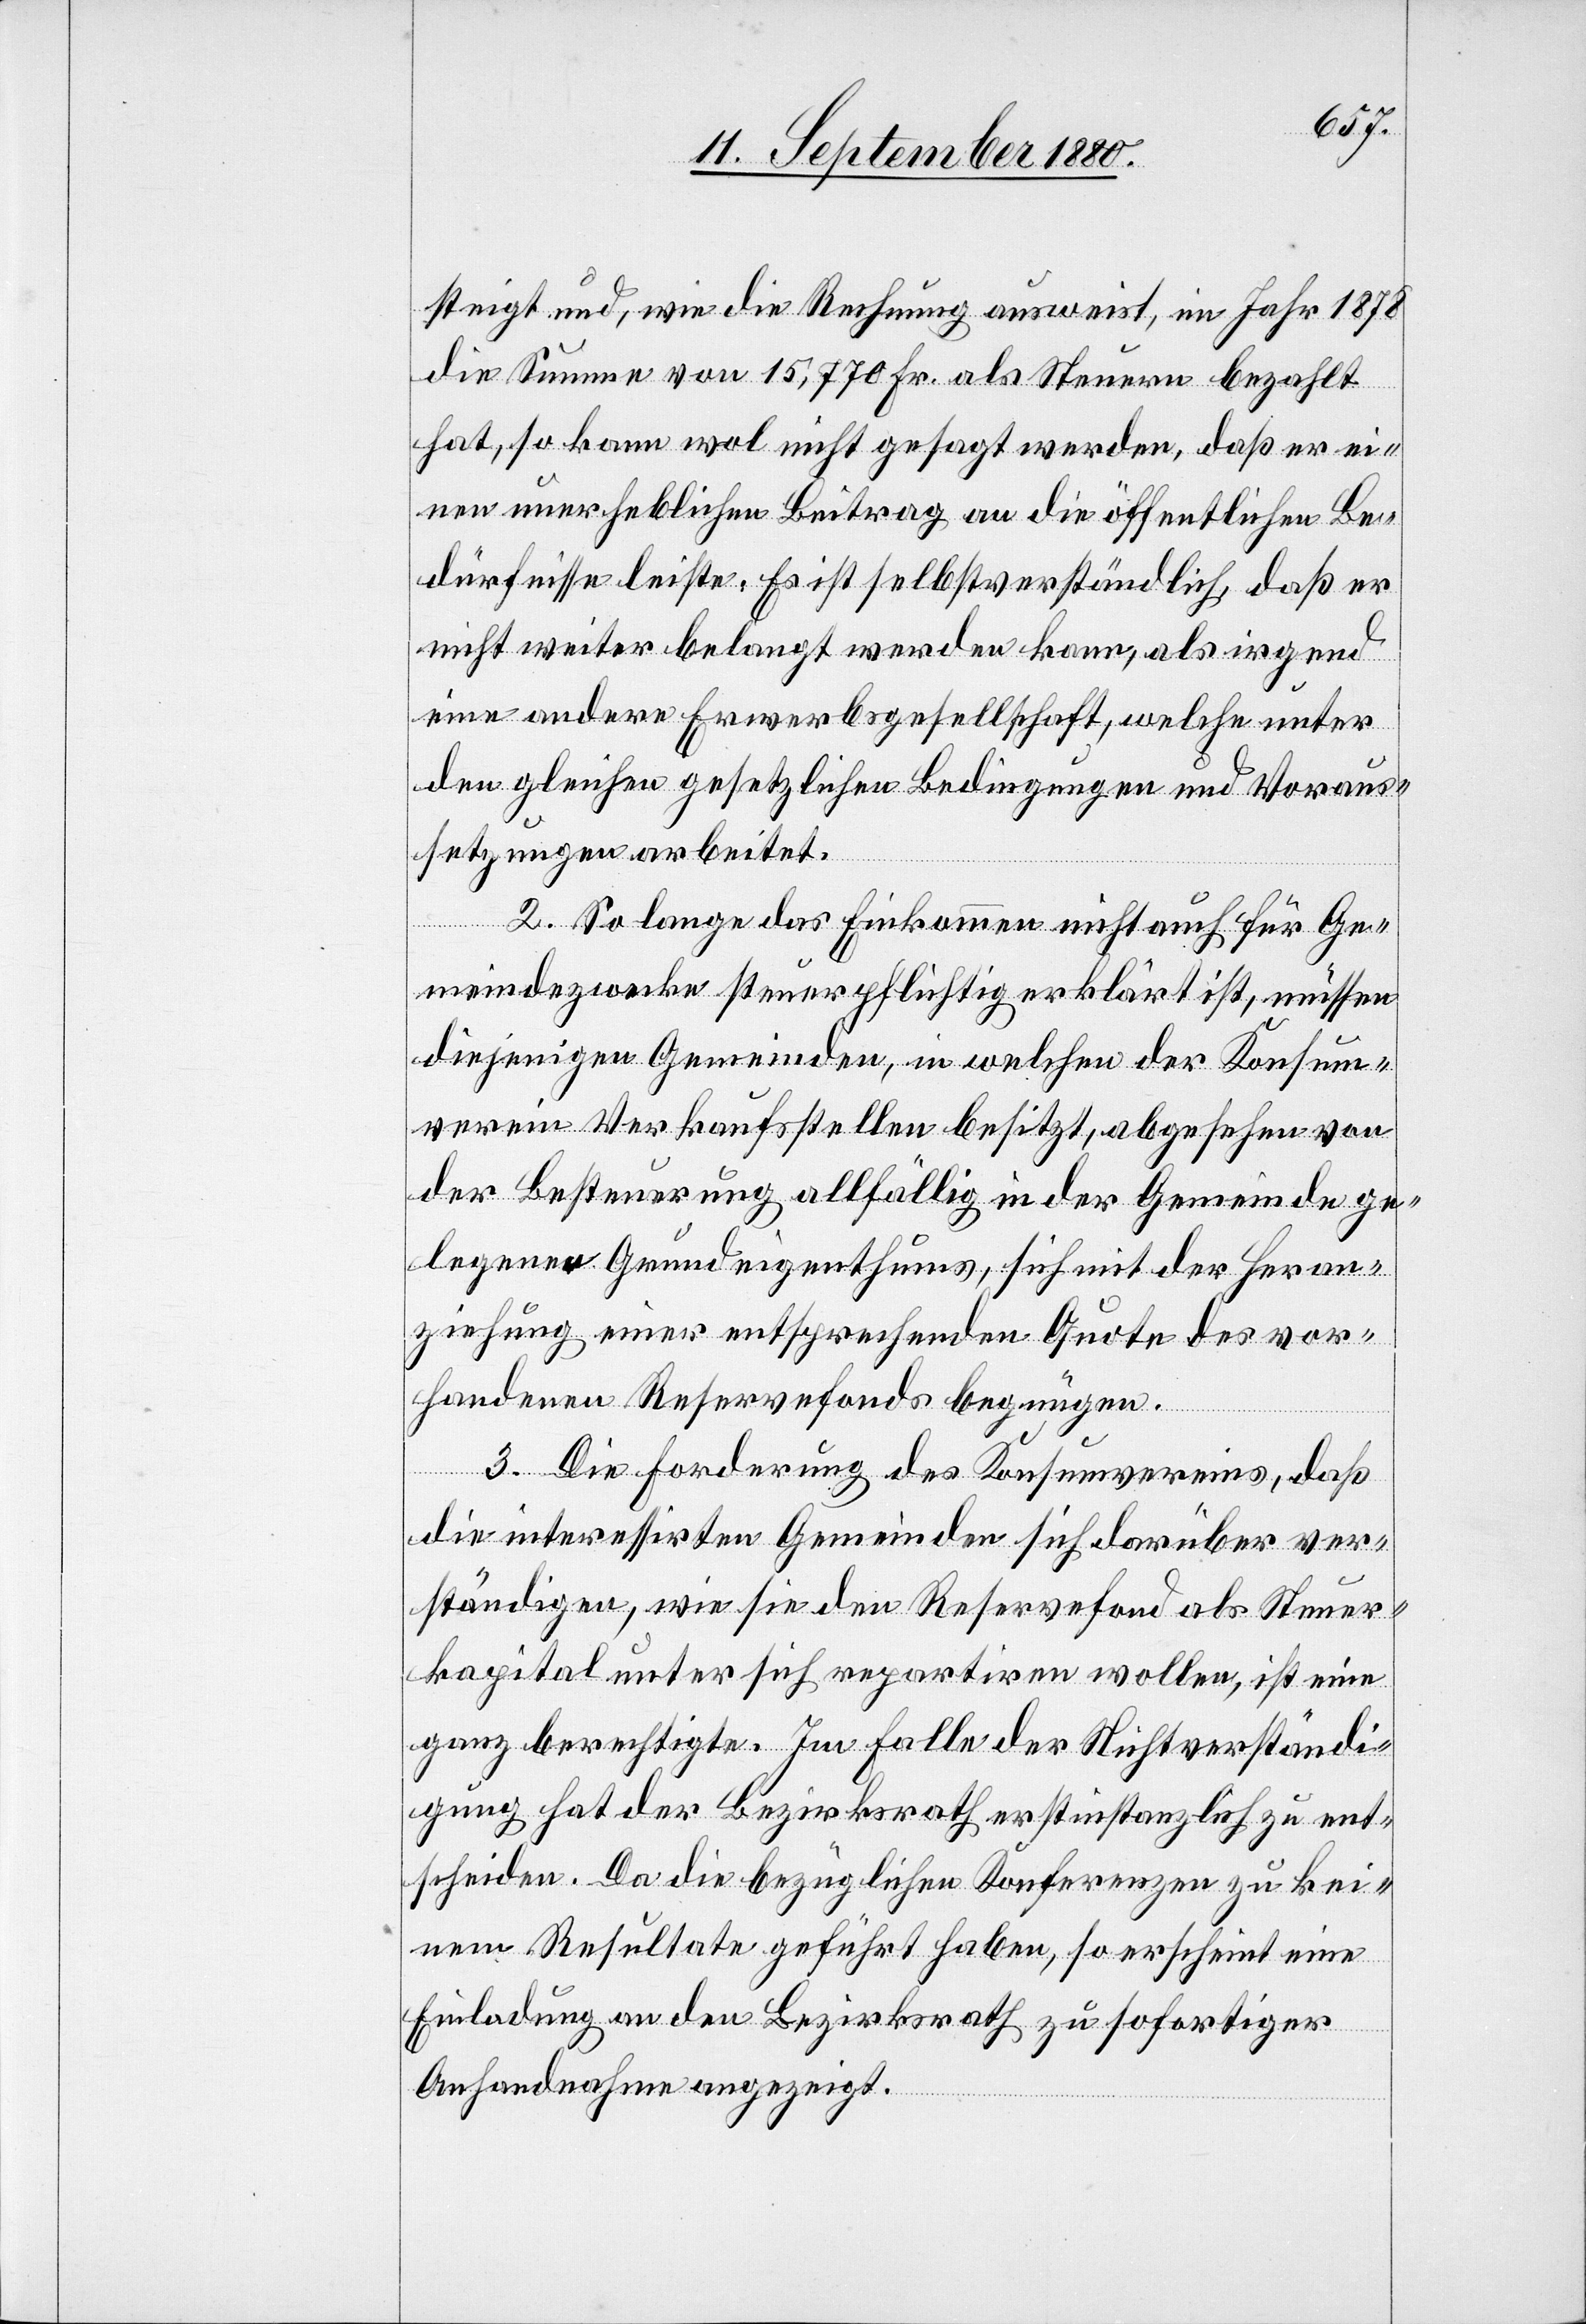
steigt und, wie die Rechnung ausweist, im Jahr 1878
die Summe von 15,770 Fr. als Steuern bezahlt
hat, so kann wol nicht gesagt werden, daß er ei¬
nen unerheblichen Beitrag an die öffentlichen Be¬
dürfnisse leiste. Es ist selbstverständlich, daß er
nicht weiter belangt werden kann, als irgend¬
eine andere Erwerbsgesellschaft, welche unter
den gleichen gesetzlichen Bedingungen und Voraus¬
setzungen arbeitet.
2. So lange das Einkommen nicht auch für Ge¬
meindezwecke steuerpflichtig erklärt ist, müssen
diejenigen Gemeinden, in welchen der Konsum¬
verein Verkaufsstellen besitzt, abgesehen von
der Besteuerung allfällig in der Gemeinde ge¬
legenen Grundeigenthums, sich mit der Heran¬
ziehung einer entsprechenden Quote des vor¬
handenen Reservefonds begnügen.
3. Die Forderung des Konsumvereins, daß
die interessirten Gemeinden sich darüber ver¬
ständigen, wie sie den Reservefond als Steuer¬
kapital unter sich repartiren wollen, ist eine
ganz berechtigte. Im Falle der Nichtverständi¬
gung hat der Bezirksrath erstinstanzlich zu ent¬
scheiden. Da die bezüglichen Konferenzen zu kei¬
nem Resultate geführt haben, so erscheint eine
Einladung an den Bezirksrath zu sofortiger
Anhandnahme angezeigt.